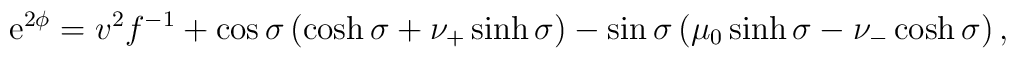
{\rm e}^{2\phi}=v^2f^{-1}+\cos\sigma \left(\cosh \sigma + \nu_+\sinh\sigma \right)-\sin\sigma \left(\mu_0\sinh \sigma - \nu_-\cosh\sigma \right),